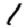
Digit: 1